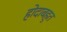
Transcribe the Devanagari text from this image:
होदाबहुत